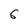
Character: 6